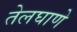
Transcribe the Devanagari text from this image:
तेलघाणे